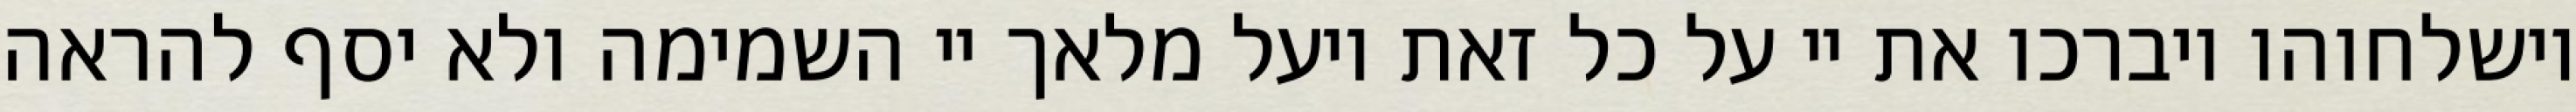
וישלחוהו ויברכו את יי על כל זאת ויעל מלאך יי השמימה ולא יסף להראה